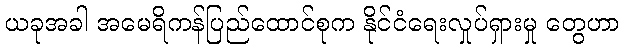
ယခုအခါ အမေရိကန်ပြည်ထောင်စုက နိုင်ငံရေးလှုပ်ရှားမှု တွေဟာ